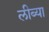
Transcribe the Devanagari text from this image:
लीब्या